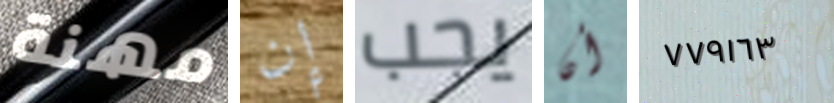
مهنة إن يجب أن ٧٧٩١٦٣